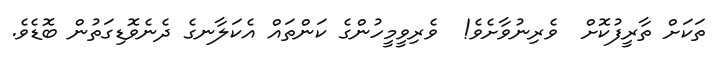
ތަކަށް ތާރީފުކޮށް  ވެރިނުވާށެވެ!  ވެރިވީމީހުންގެ ކަންތައް އެކަލާނގެ ދެނެވޮޑިގަތުން ބޮޑެވެ.